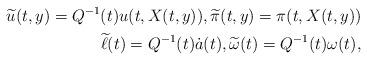
LaTeX: \begin{align*} \widetilde u (t,y) = Q^{-1}(t)u(t,X(t,y)), \widetilde \pi(t,y) = \pi(t,X(t,y)) \\\widetilde \ell(t) = Q^{-1}(t) \dot a(t), \widetilde \omega(t) = Q^{-1}(t) \omega(t), \end{align*}